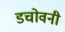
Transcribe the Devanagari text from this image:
डचोवनी